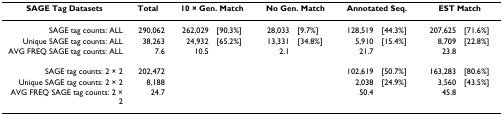
<table><thead><tr><td><b>SAGE Tag Datasets</b></td><td><b>Total</b></td><td colspan="2"><b>10 × Gen. Match</b></td><td colspan="2"><b>No Gen. Match</b></td><td colspan="2"><b>Annotated Seq.</b></td><td colspan="2"><b>EST Match</b></td></tr></thead><tbody><tr><td>SAGE tag counts: ALL</td><td>290,062</td><td>262,029</td><td>[90.3%]</td><td>28,033</td><td>[9.7%]</td><td>128,519</td><td>[44.3%]</td><td>207,625</td><td>[71.6%]</td></tr><tr><td>Unique SAGE tag counts: ALL</td><td>38,263</td><td>24,932</td><td>[65.2%]</td><td>13,331</td><td>[34.8%]</td><td>5,910</td><td>[15.4%]</td><td>8,709</td><td>[22.8%]</td></tr><tr><td>AVG FREQ SAGE tag counts: ALL</td><td>7.6</td><td>10.5</td><td></td><td>2.1</td><td></td><td>21.7</td><td></td><td>23.8</td><td></td></tr><tr><td>SAGE tag counts: 2 × 2</td><td>202,472</td><td></td><td></td><td></td><td></td><td>102,619</td><td>[50.7%]</td><td>163,283</td><td>[80.6%]</td></tr><tr><td>Unique SAGE tag counts: 2 × 2</td><td>8,188</td><td></td><td></td><td></td><td></td><td>2,038</td><td>[24.9%]</td><td>3,560</td><td>[43.5%]</td></tr><tr><td>AVG FREQ SAGE tag counts: 2 × 2</td><td>24.7</td><td></td><td></td><td></td><td></td><td>50.4</td><td></td><td>45.8</td><td></td></tr></tbody></table>